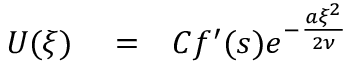
\begin{array} { r l r } { U ( \xi ) } & { { } = } & { C f ^ { \prime } ( s ) e ^ { - \frac { a \xi ^ { 2 } } { 2 \nu } } } \end{array}